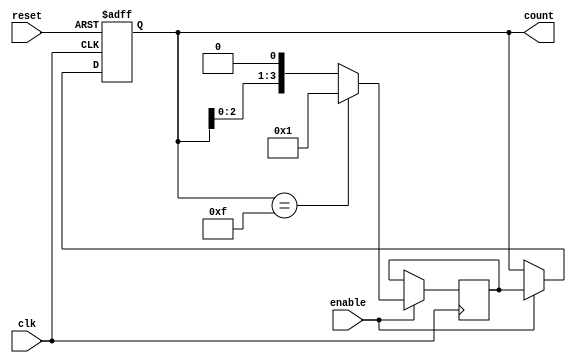
module ring_counter(
    input wire clk,
    input wire reset,
    input wire enable,
    output reg [3:0] count
);

reg [3:0] next_count;

always @(posedge clk or posedge reset) begin
    if(reset) begin
        count <= 4'b0000;
    end else if(enable) begin
        count <= next_count;
    end
end

always @(posedge clk) begin
    if(enable) begin
        if(count == 4'b1111) begin
            next_count <= 4'b0001;
        end else begin
            next_count <= count << 1;
        end
    end
end

endmodule